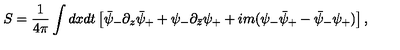
S = { \frac { 1 } { 4 \pi } } \int d x d t \left[ \bar { \psi } _ { - } \partial _ { z } \bar { \psi } _ { + } + \psi _ { - } \partial _ { \bar { z } } \psi _ { + } + i m ( \psi _ { - } \bar { \psi } _ { + } - \bar { \psi } _ { - } \psi _ { + } ) \right] ,